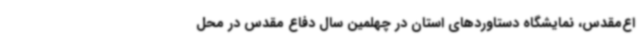
اع‌مقدس، نمایشگاه دستاوردهای استان در چهلمین سال دفاع مقدس در محل